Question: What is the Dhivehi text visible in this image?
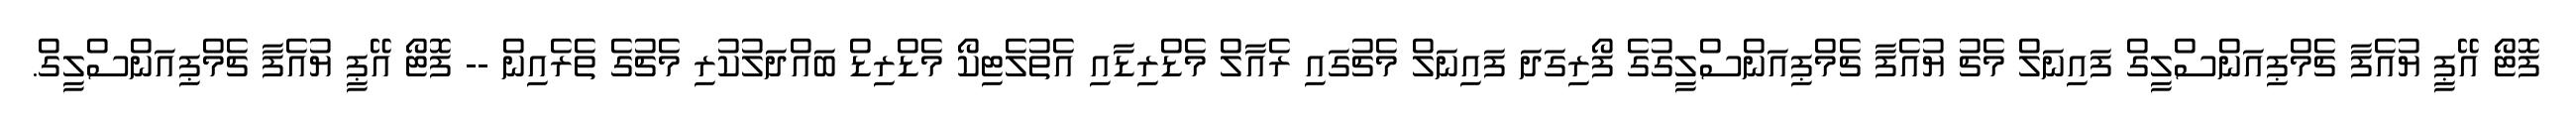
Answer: ފޮޓޯ އޭޕީ ޔުއެފާ ޗެމްޕިއަންސްލީގް ފައިނަލް މެޗު ޔުއެފާ ޗެމްޕިއަންސްލީގުގެ ފޯރިގަދަ ފައިނަލް މެޗުގައި ރެއާލް މެޑްރިޑާއި އެތުލެޓިކޯ މެޑްރިޑް ބައްދަލުކުރި މެޗުގެ ތެރެއިން -- ފޮޓޯ އޭޕީ ޔުއެފާ ޗެމްޕިއަންސްލީގް.